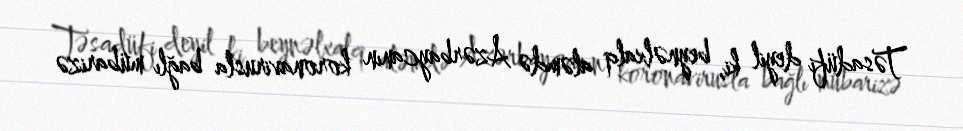
Təsadüfi deyil ki, beynəlxalq aləmdə Azərbaycanın koronavirusla bağlı mübarizə